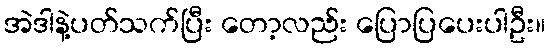
အဲဒါနဲ့ပတ်သက်ပြီး တော့လည်း ပြောပြပေးပါဦး။